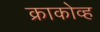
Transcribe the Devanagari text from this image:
क्राकोव्ह